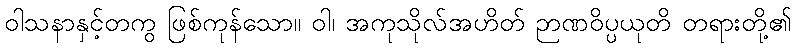
ဝါသနာနှင့်တကွ ဖြစ်ကုန်သော။ ဝါ၊ အကုသိုလ်အဟိတ် ဉာဏဝိပ္ပယုတိ တရားတို့၏